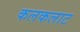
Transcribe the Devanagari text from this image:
कलकलाट